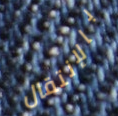
بالإنتقال